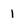
Character: 1